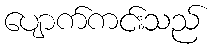
ပျောက်ကင်းသည်